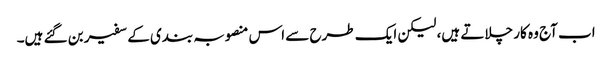
اب آج وہ کار چلاتے ہیں، لیکن ایک طرح سے اس منصوبہ بندی کے سفیر بن گئے ہیں۔